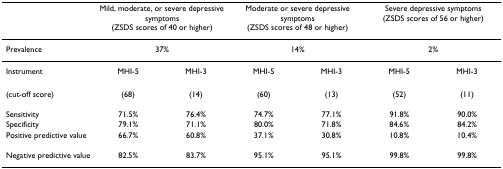
<table><thead><tr><td></td><td colspan="2"><b>Mild, moderate, or severe depressive symptoms (ZSDS scores of 40 or higher)</b></td><td colspan="2"><b>Moderate or severe depressive symptoms (ZSDS scores of 48 or higher)</b></td><td colspan="2"><b>Severe depressive symptoms (ZSDS scores of 56 or higher)</b></td></tr></thead><tbody><tr><td>Prevalence</td><td colspan="2">37%</td><td colspan="2">14%</td><td colspan="2">2%</td></tr><tr><td>Instrument</td><td>MHI-5</td><td>MHI-3</td><td>MHI-5</td><td>MHI-3</td><td>MHI-5</td><td>MHI-3</td></tr><tr><td>(cut-off score)</td><td>(68)</td><td>(14)</td><td>(60)</td><td>(13)</td><td>(52)</td><td>(11)</td></tr><tr><td>Sensitivity</td><td>71.5%</td><td>76.4%</td><td>74.7%</td><td>77.1%</td><td>91.8%</td><td>90.0%</td></tr><tr><td>Specificity</td><td>79.1%</td><td>71.1%</td><td>80.0%</td><td>71.8%</td><td>84.6%</td><td>84.2%</td></tr><tr><td>Positive predictive value</td><td>66.7%</td><td>60.8%</td><td>37.1%</td><td>30.8%</td><td>10.8%</td><td>10.4%</td></tr><tr><td>Negative predictive value</td><td>82.5%</td><td>83.7%</td><td>95.1%</td><td>95.1%</td><td>99.8%</td><td>99.8%</td></tr></tbody></table>